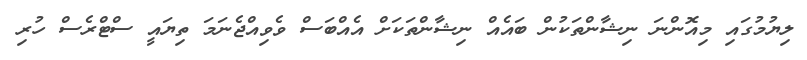
ލިޔުމުގައި މިއޮންނަ ނިޝާންތަކުން ބައެއް ނިޝާންތަކަށް އެއްބަސް ވެވިއްޖެނަމަ ތިޔައީ ސްޓްރެސް ހުރި